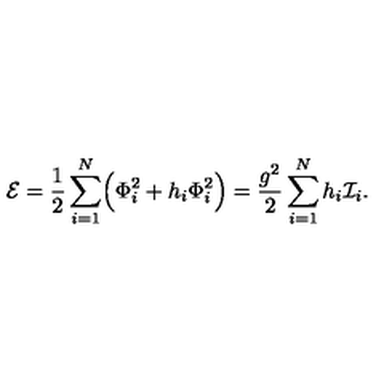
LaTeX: { \cal E } = { \frac { 1 } { 2 } } \sum _ { i = 1 } ^ { N } \Bigl ( \Phi _ { i } ^ { 2 } + h _ { i } \Phi _ { i } ^ { 2 } \Bigr ) = { \frac { g ^ { 2 } } { 2 } } \sum _ { i = 1 } ^ { N } h _ { i } { \cal I } _ { i } .